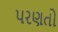
પરણતો